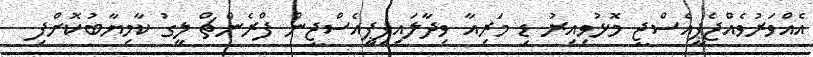
އެއްވަރުވެއްޖެޕީއެސްޖީ މޮޅުވިއިރު ޑި މަރިއާ ވިދާލައިފިޕީއެސްޖީން ފްރެންޗް ލީގު ކާމިޔާބުކޮށްފި